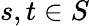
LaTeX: s,t\in S